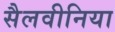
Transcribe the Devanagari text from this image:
सैलवीनिया